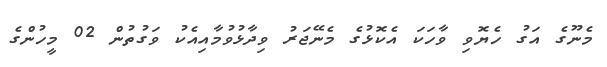
މެނޫގެ އަގު ހެޔޮވި ވާހަކަ އެކޮޅުގެ މެނޭޖަރު ވިދާޅުވުމާއިއެކު ވަގުތުން 02 މީހުންގެ